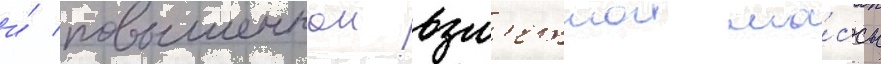
и́ повышеннои взл'етнои ма́ссы